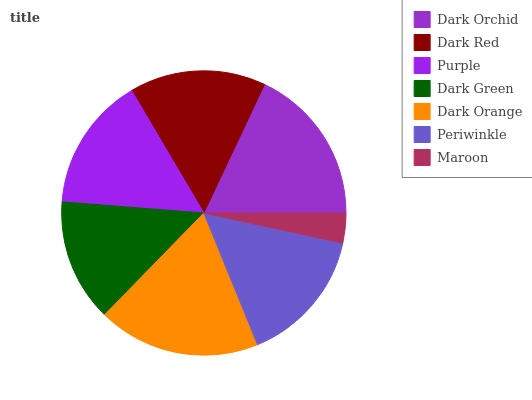
| Dark Orchid | Dark Red | Purple | Dark Green | Dark Orange | Periwinkle | Maroon |
 | --- | --- | --- | --- | --- | --- | --- |
 | 18% | 15.5% | 15.3% | 14% | 18.5% | 15.4% | 3.41% |